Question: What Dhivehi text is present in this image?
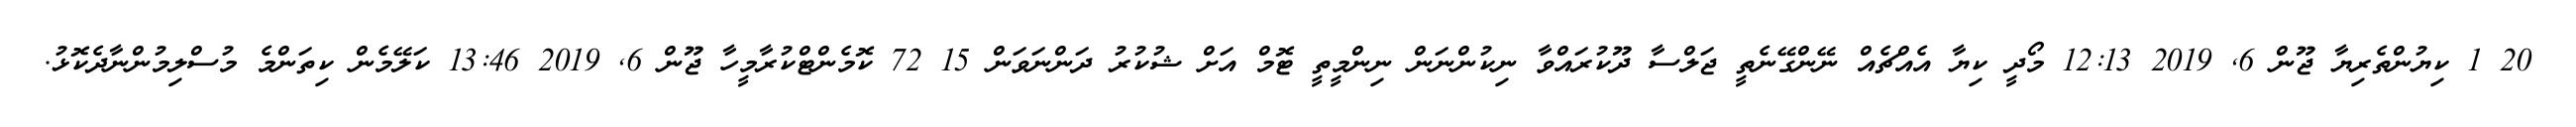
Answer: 20 1 ކިޔުންތެރިޔާ ޖޫން 6, 2019 12:13 މޯދީ ކިޔާ އެއްޗެއް ނޭންގޭނެތީ ޖަލްސާ ދޫކުރައްވާ ނިކުންނަން ނިންމީތީ ޓޮމް އަށް ޝުކުރު ދަންނަވަން 15 72 ކޮމެންޓްކުރާމީހާ ޖޫން 6, 2019 13:46 ކަލޭމެން ކިތަންމެ މުސްލިމުންނާދެކޮޅު.